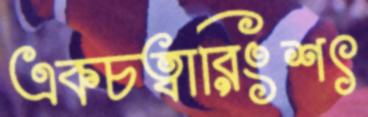
একচত্বারিংশৎ